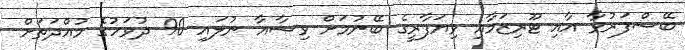
ބޭސްފަރުވާ އާއި ޓޫރިޒަމާއި ވިޔަފާރީގެ ބޭނުމަށް ވިސާއާ ނުލައި 90 ދުވަހުގެ މުއްދަތަށް